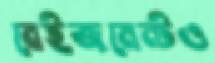
বেইজমেন্টও